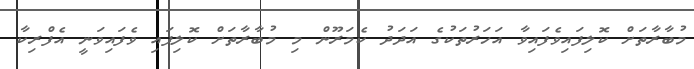
މުބާރާތަށް ކޮލިފައިވެފައިވާ އަހަރުތަކުގެ އަދަދު ކެމަރޫން މި މުބާރާތަށް ކޮލިފައި ވެފައިވަނީ އެފްރިކާ